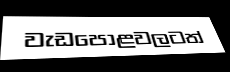
වැඩපොළවලටත්